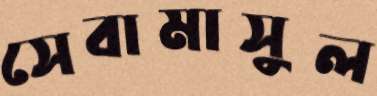
সেবামাসুল